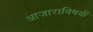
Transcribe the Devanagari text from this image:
आजाराविषयी